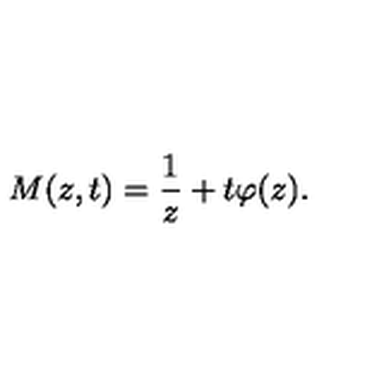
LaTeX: M ( z , t ) = \frac { 1 } { z } + t \varphi ( z ) .